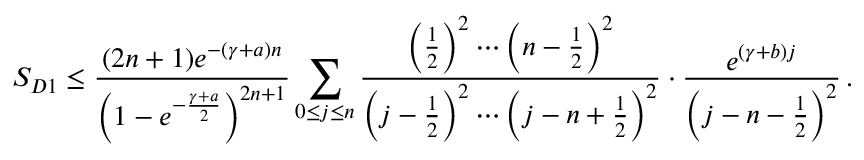
S _ { D 1 } \le \frac { ( 2 n + 1 ) e ^ { - ( \gamma + a ) n } } { \left( 1 - e ^ { - \frac { \gamma + a } { 2 } } \right) ^ { 2 n + 1 } } \sum _ { 0 \le j \le n } \frac { \left( \frac { 1 } { 2 } \right) ^ { 2 } \cdots \left( n - \frac { 1 } { 2 } \right) ^ { 2 } } { \left( j - \frac { 1 } { 2 } \right) ^ { 2 } \cdots \left( j - n + \frac { 1 } { 2 } \right) ^ { 2 } } \cdot \frac { e ^ { ( \gamma + b ) j } } { \left( j - n - \frac { 1 } { 2 } \right) ^ { 2 } } \, .